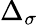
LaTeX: \Delta_{\sigma}